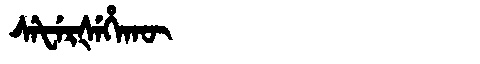
Manchu: ᠰᡝᡶᡝᡵᡧᡝᡥᠠᡴᡡ
Romanization: SEFERŠEHAKŪ